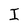
Character: I